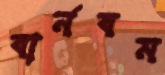
বার্নবম